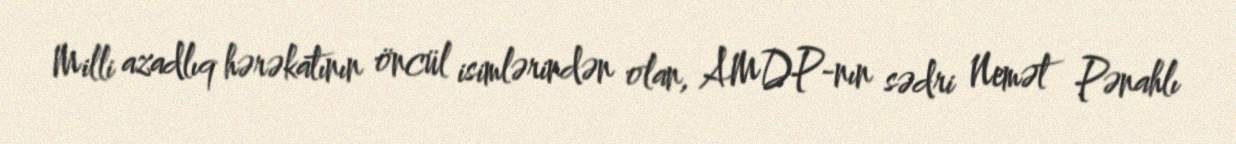
Milli azadlıq hərəkatının öncül isimlərindən olan, AMDP-nın sədri Nemət Pənahlı